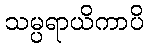
သမ္ပရာယိကာပိ